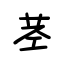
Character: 茎